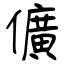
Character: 儣